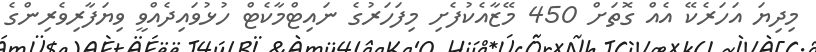
މިދިޔަ އަހަރެކޭ އެއް ގޮތަށް 450 މޭޒާއެކުފެށި މިފަހަރުގެ ނައިޓްމާކެޓް ހުޅުވައިދެއްވީ ވިޔަފާރިވެރިންގެ